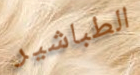
الطباشير